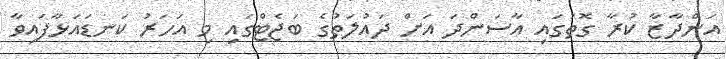
އަންދާޒާ ކުރާ ގޮތުގައި އާސަންދަ އަށް ދައުލަތުގެ ބަޖެޓްގައި މި އަހަރު ކަނޑައަޅާފައިވާ